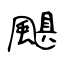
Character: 颶